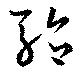
駘